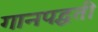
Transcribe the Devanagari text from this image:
गानपद्धती